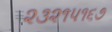
૨૩૨૧૫૧૬૭